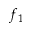
f _ { 1 }